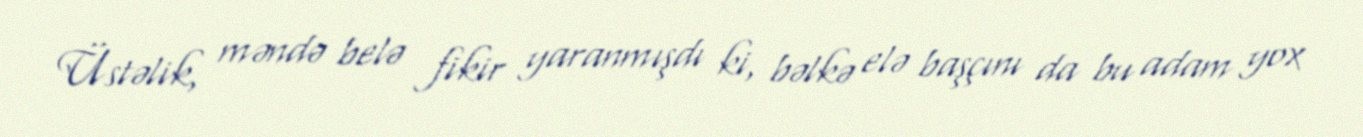
Üstəlik, məndə belə fikir yaranmışdı ki, bəlkə elə başçını da bu adam yox